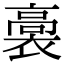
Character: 𧜉